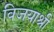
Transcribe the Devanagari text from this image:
विजयाश्री